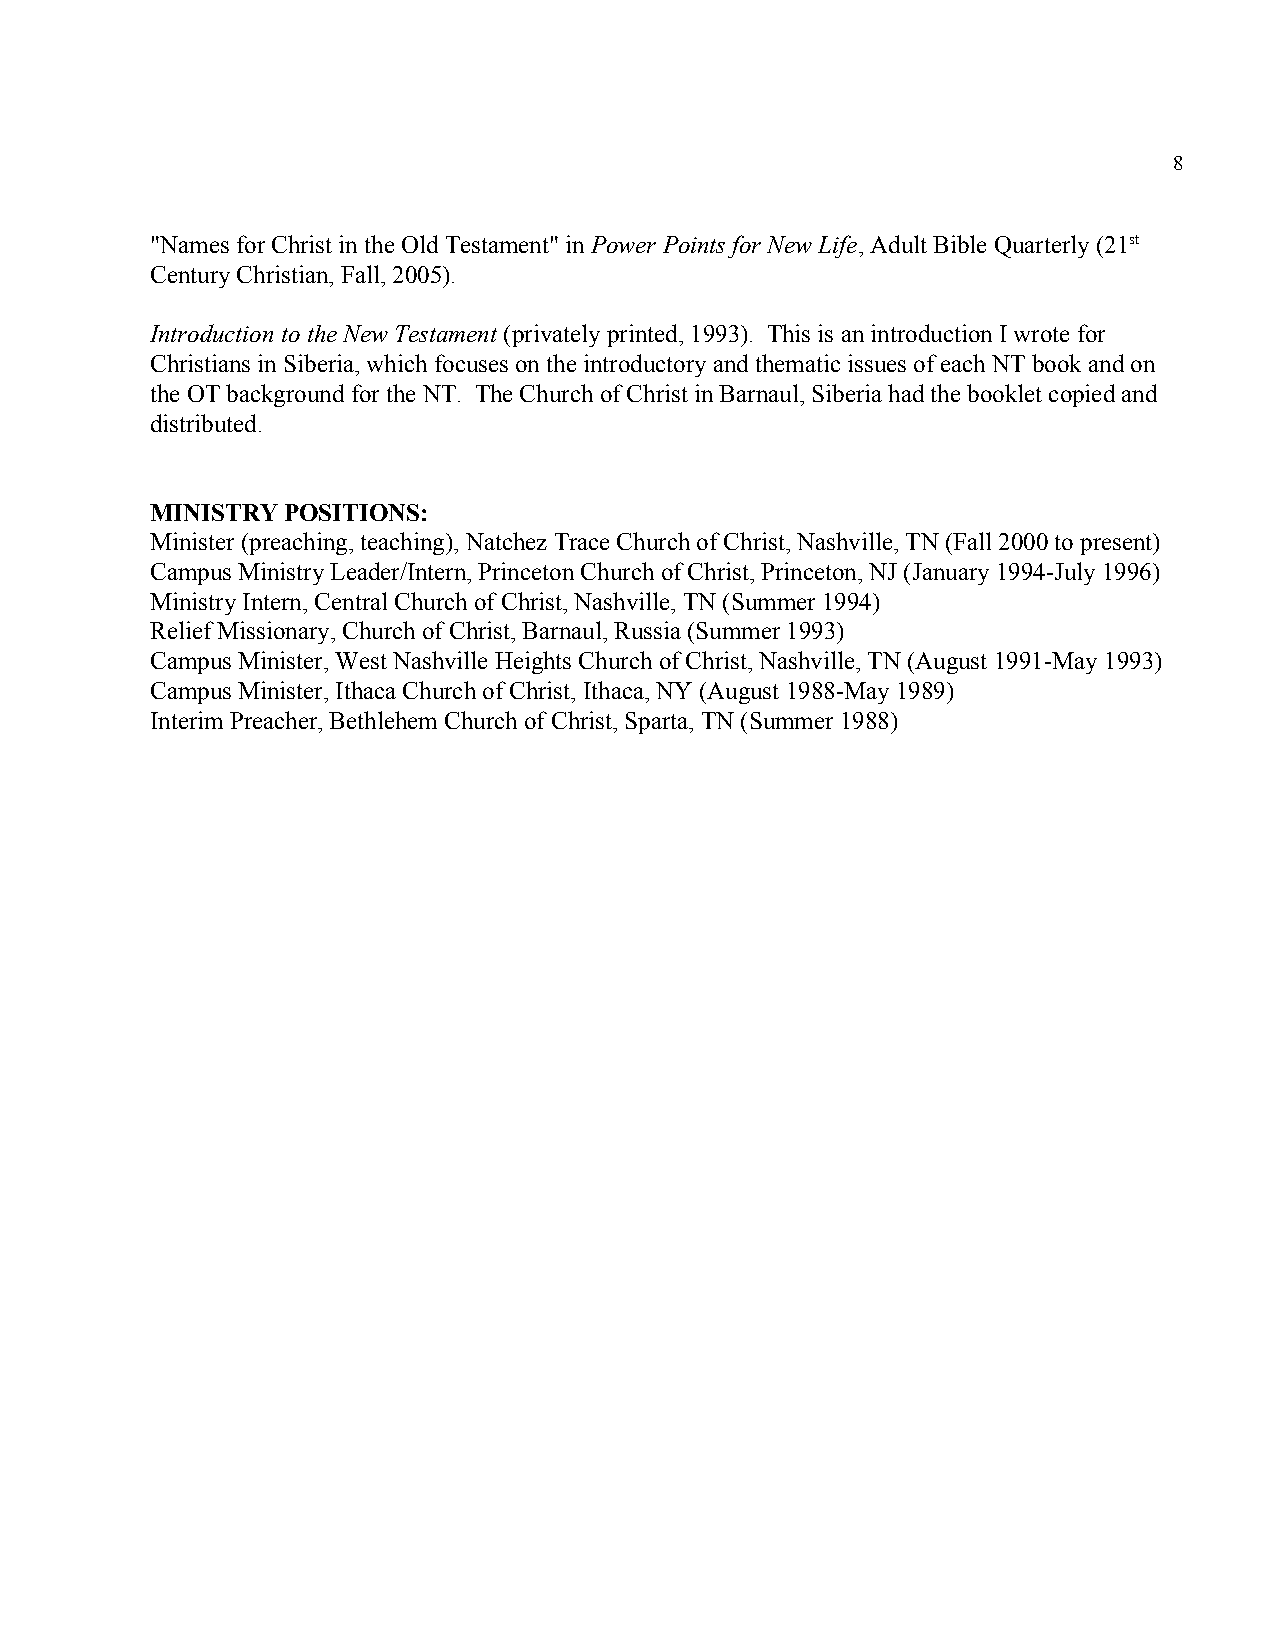
8
 "Names for Christ in the Old Testament" in Power Points for New Life, Adult Bible Quarterly (21st
 ​                ​                  ​
 Century Christian, Fall, 2005).
 Introduction to the New Testament (privately printed, 1993). This is an introduction I wrote for
 ​
 Christians in Siberia, which focuses on the introductory and thematic issues of each NT book and on
 the OT background for the NT. The Church of Christ in Barnaul, Siberia had the booklet copied and
 distributed.
 MINISTRY POSITIONS:
 Minister (preaching, teaching), Natchez Trace Church of Christ, Nashville, TN (Fall 2000 to present)
 Campus Ministry Leader/Intern, Princeton Church of Christ, Princeton, NJ (January 1994-July 1996)
 Ministry Intern, Central Church of Christ, Nashville, TN (Summer 1994)
 Relief Missionary, Church of Christ, Barnaul, Russia (Summer 1993)
 Campus Minister, West Nashville Heights Church of Christ, Nashville, TN (August 1991-May 1993)
 Campus Minister, Ithaca Church of Christ, Ithaca, NY (August 1988-May 1989)
 Interim Preacher, Bethlehem Church of Christ, Sparta, TN (Summer 1988)